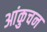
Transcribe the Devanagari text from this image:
आंकुचन